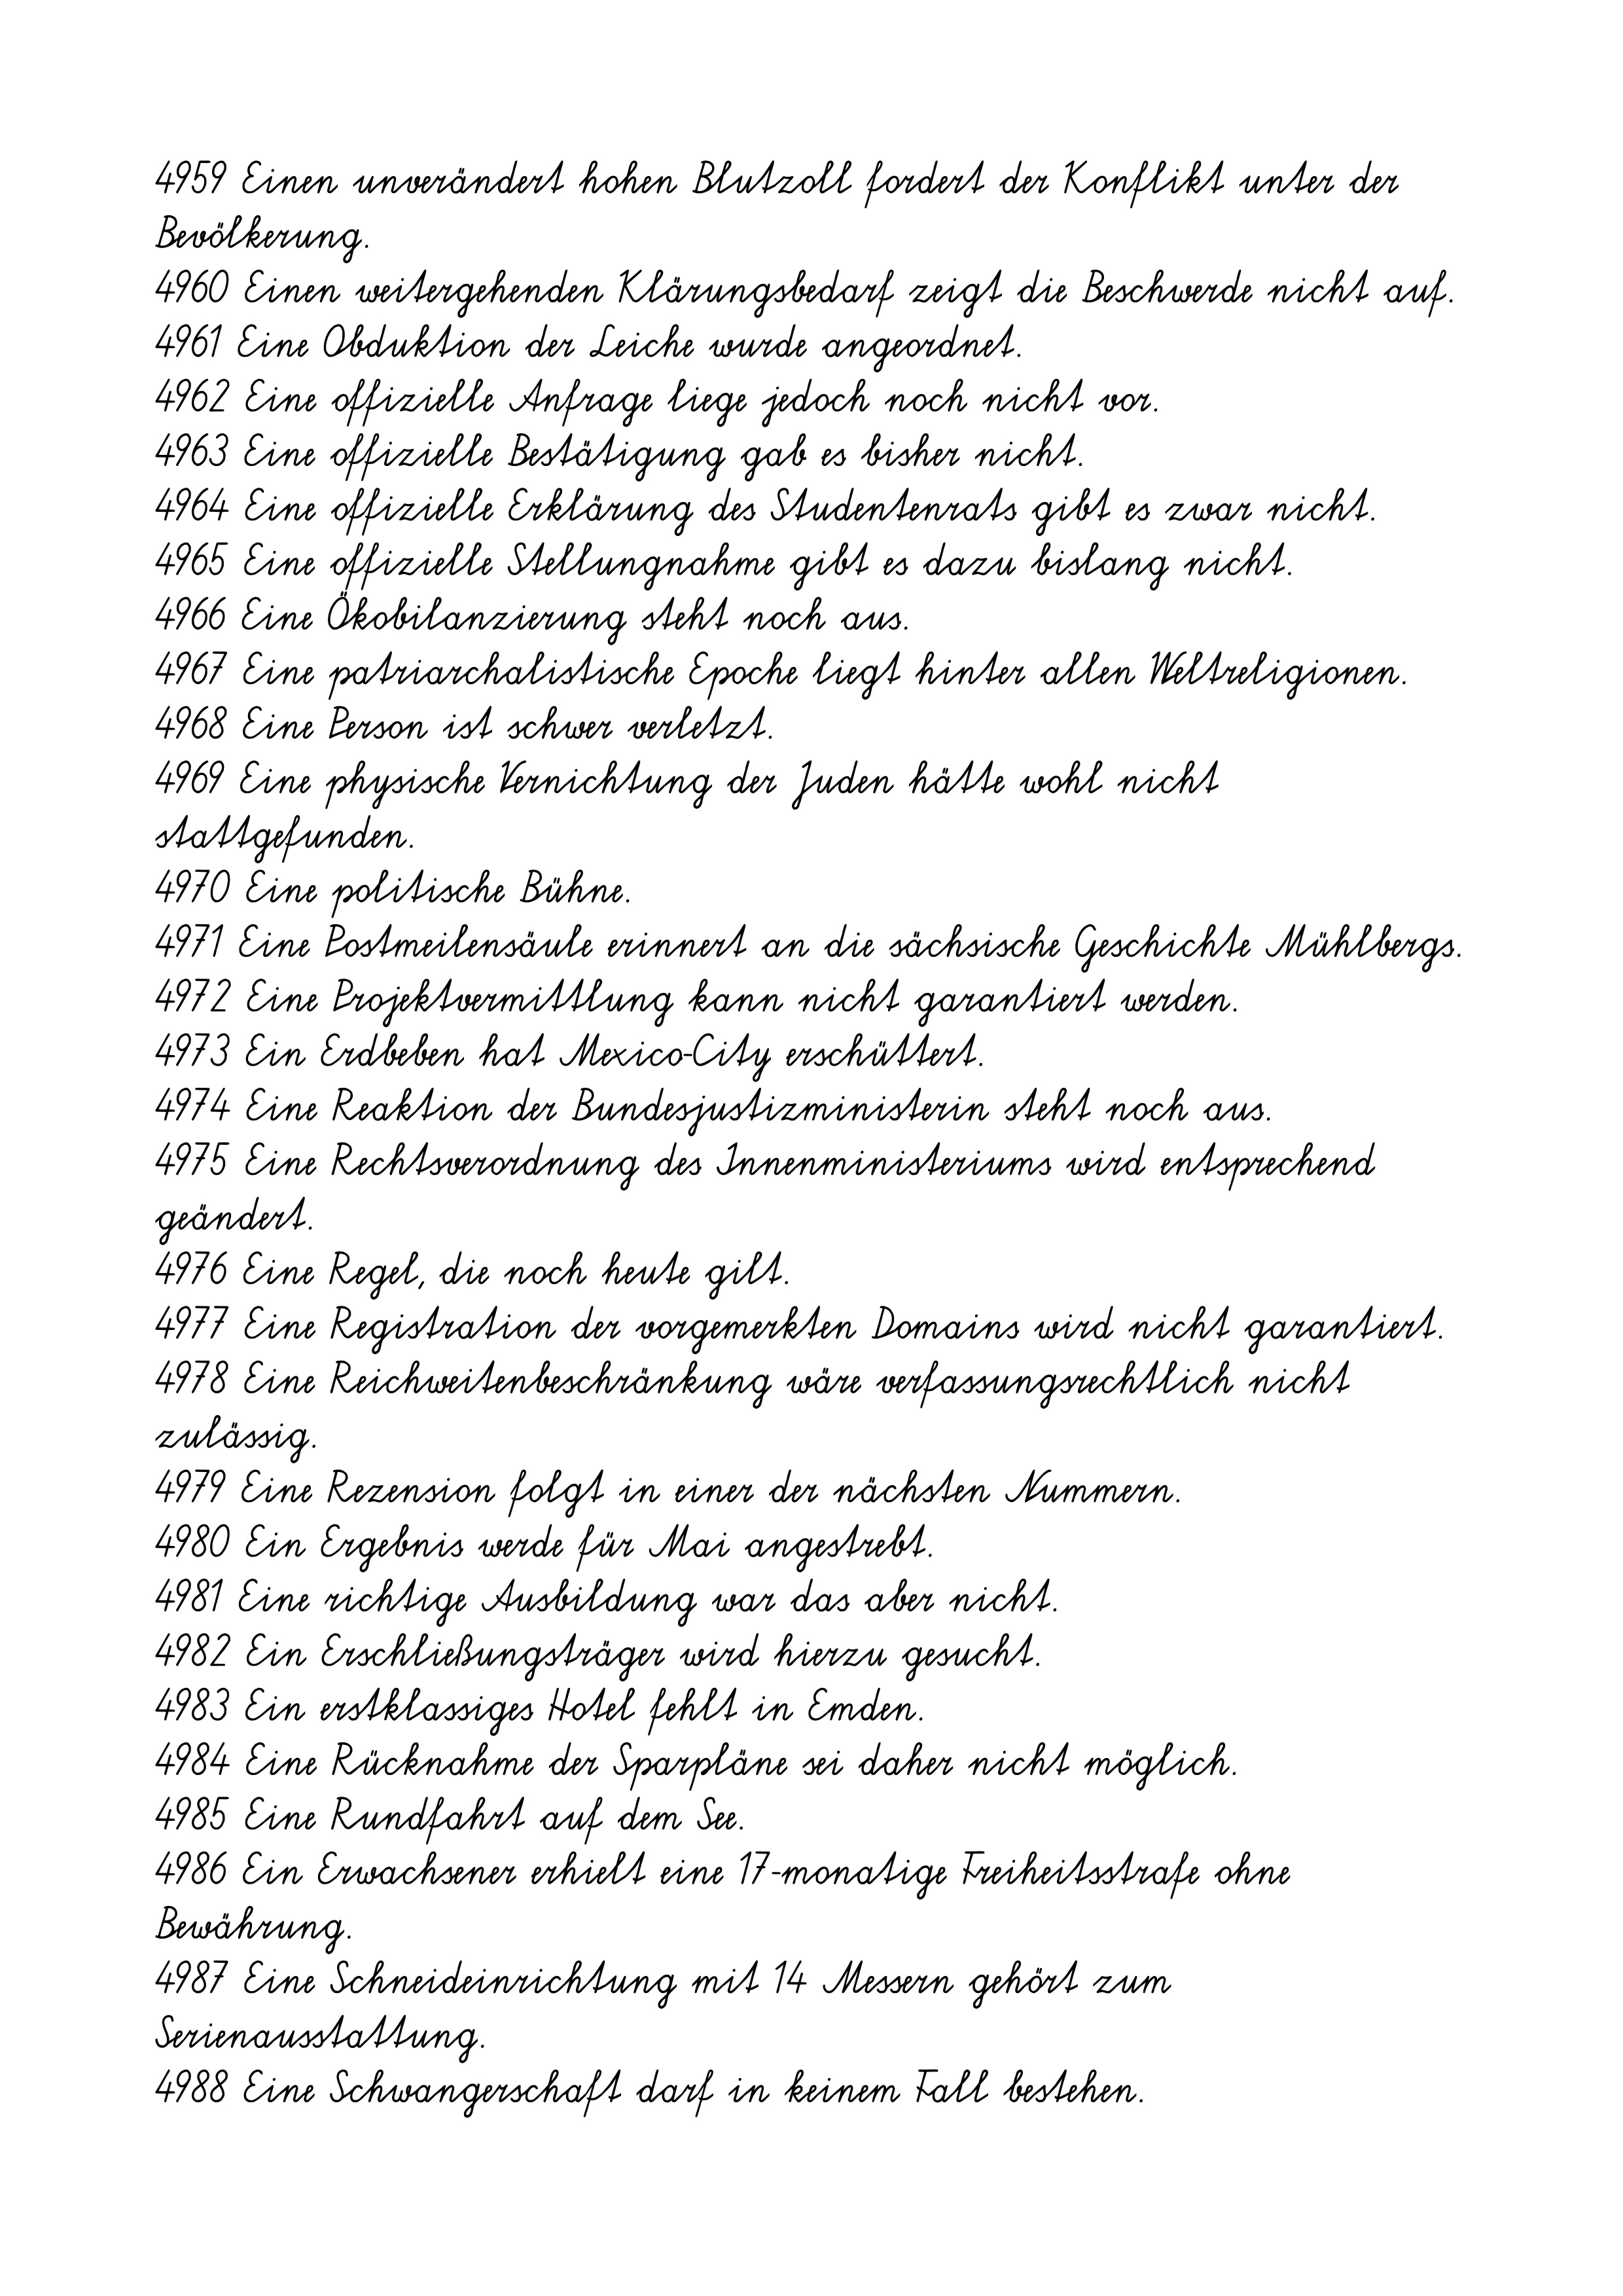
4959 Einen unverändert hohen Blutzoll fordert der Konflikt unter der
Bevölkerung.
4960 Einen weitergehenden Klärungsbedarf zeigt die Beschwerde nicht auf.
4961 Eine Obduktion der Leiche wurde angeordnet.
4962 Eine offizielle Anfrage liege jedoch noch nicht vor.
4963 Eine offizielle Bestätigung gab es bisher nicht.
4964 Eine offizielle Erklärung des Studentenrats gibt es zwar nicht.
4965 Eine offizielle Stellungnahme gibt es dazu bislang nicht.
4966 Eine Ökobilanzierung steht noch aus.
4967 Eine patriarchalistische Epoche liegt hinter allen Weltreligionen.
4968 Eine Person ist schwer verletzt.
4969 Eine physische Vernichtung der Juden hätte wohl nicht
stattgefunden.
4970 Eine politische Bühne.
4971 Eine Postmeilensäule erinnert an die sächsische Geschichte Mühlbergs.
4972 Eine Projektvermittlung kann nicht garantiert werden.
4973 Ein Erdbeben hat Mexico-City erschüttert.
4974 Eine Reaktion der Bundesjustizministerin steht noch aus.
4975 Eine Rechtsverordnung des Innenministeriums wird entsprechend
geändert.
4976 Eine Regel, die noch heute gilt.
4977 Eine Registration der vorgemerkten Domains wird nicht garantiert.
4978 Eine Reichweitenbeschränkung wäre verfassungsrechtlich nicht
zulässig.
4979 Eine Rezension folgt in einer der nächsten Nummern.
4980 Ein Ergebnis werde für Mai angestrebt.
4981 Eine richtige Ausbildung war das aber nicht.
4982 Ein Erschließungsträger wird hierzu gesucht.
4983 Ein erstklassiges Hotel fehlt in Emden.
4984 Eine Rücknahme der Sparpläne sei daher nicht möglich.
4985 Eine Rundfahrt auf dem See.
4986 Ein Erwachsener erhielt eine 17-monatige Freiheitsstrafe ohne
Bewährung.
4987 Eine Schneideinrichtung mit 14 Messern gehört zum
Serienausstattung.
4988 Eine Schwangerschaft darf in keinem Fall bestehen.